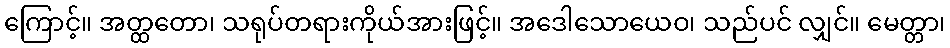
ကြောင့်။ အတ္ထတော၊ သရုပ်တရားကိုယ်အားဖြင့်။ အဒေါသောယေဝ၊ သည်ပင် လျှင်။ မေတ္တာ၊